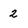
Character: 2